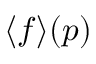
\langle f \rangle ( \boldsymbol { p } )